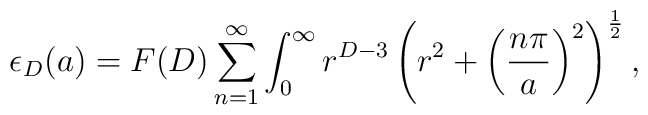
\epsilon_{D}(a)=F(D)\sum_{n=1}^{\infty}\int^{\infty}_{0} r^{D-3}\left(r^{2}+\left(\frac{n\pi}{a}\right)^{2}\right)^{\frac{1}{2}},